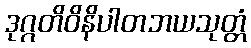
ဒုဂ္ဂတိဝိနိပါတဘယသုတ္တံ